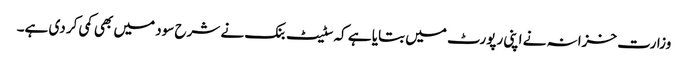
وزارت خزانہ نے اپنی رپورٹ میں بتایا ہے کہ سٹیٹ بنک نے شرح سود میں بھی کمی کر دی ہے۔